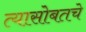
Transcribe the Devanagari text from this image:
त्यासोबतचे